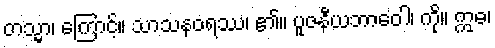
တသ္မာ၊ ကြောင့်။ သာသနဝရဿ၊ ၏။ ပူဇနီယဘာဝေါ၊ ကို။ ဣဓ၊